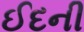
ઈદની